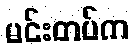
မင်းတပ်က